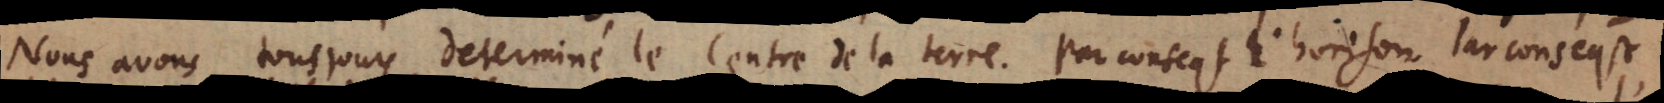
Nous avons tousjours determiné le centre de la terre. Par consequent l’horison. Par consequent